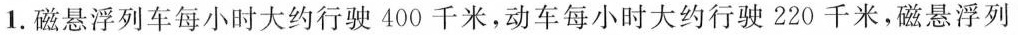
1.磁悬浮列车每小时大约行驶400千米，动车每小时大约行驶220千米，磁悬浮列